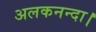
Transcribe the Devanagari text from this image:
अलकनन्दा।